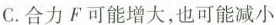
C.合力F可能增大，也可能减小